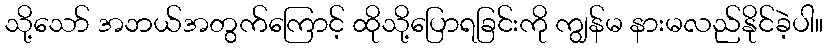
သို့သော် အဘယ်အတွက်ကြောင့် ထိုသို့ပြောရခြင်းကို ကျွန်မ နားမလည်နိုင်ခဲ့ပါ။